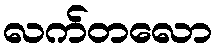
လက်တလော